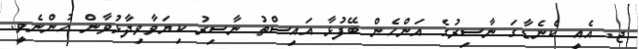
ޖ. އެއީ ކެނެޑާގަ ނާސިރުގެ އަންހެން ބޭފުޅާ އައިސްތު ނާސިރު ކިޔަވާވިދާޅުވާން ހުންނެވީ.